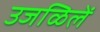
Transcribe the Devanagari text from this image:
उजळिलें